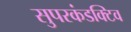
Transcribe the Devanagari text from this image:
सुपरकंडक्टिव